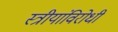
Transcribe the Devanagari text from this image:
स्त्रीयांविरोधी